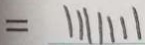
= 1 1 1 1 1 1 1